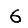
Digit: 6